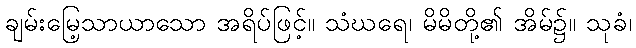
ချမ်းမြေ့သာယာသော အရိပ်ဖြင့်။ သံဃရေ၊ မိမိတို့၏ အိမ်၌။ သုခံ၊